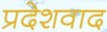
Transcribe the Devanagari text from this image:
प्रदेशवाद